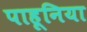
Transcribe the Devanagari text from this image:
पाहूनिया